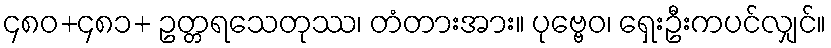
၄၈၀+၄၈၁+ ဥတ္တရသေတုဿ၊ တံတားအား။ ပုဗ္ဗေဝ၊ ရှေးဦးကပင်လျှင်။